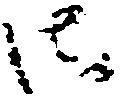
御